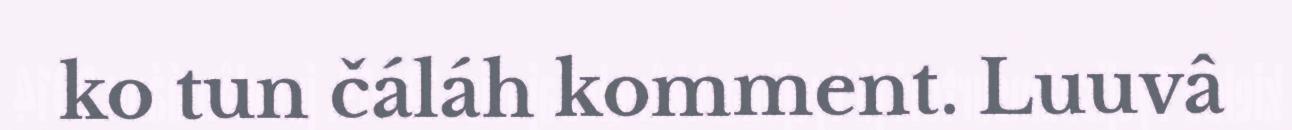
ko tun čáláh komment. Luuvâ